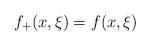
LaTeX: \begin{align*}f_+(x,\xi)=f(x,\xi)\end{align*}